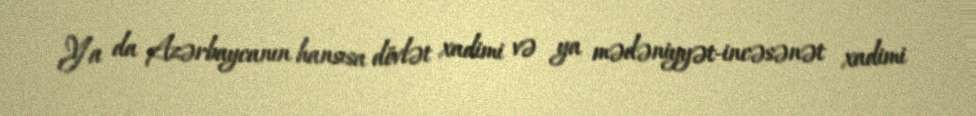
Ya da Azərbaycanın hansısa dövlət xadimi və ya mədəniyyət-incəsənət xadimi